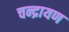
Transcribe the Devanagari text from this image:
चन्द्रायण